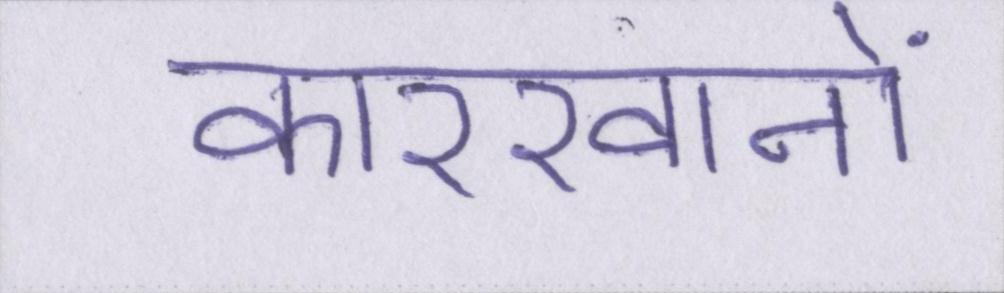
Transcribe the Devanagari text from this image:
कारखानों